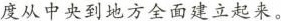
度从中央到地方全面建立起来。